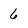
Character: 6